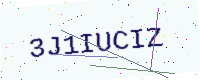
Text: 3J1IUCIZ